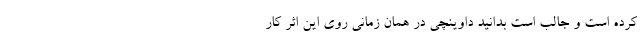
کرده است و جالب است بدانید داوینچی در همان زمانی روی این اثر کار